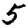
Digit: 5